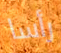
رأسا